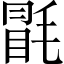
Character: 毷